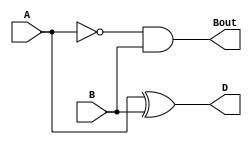

module HalfSubtractor(
    input A,
    input B,
    output D,
    output Bout
    );
	 
xor(D,A,B);
and(Bout,~A,B);

endmodule